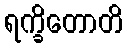
ရက္ခိတောတိ